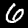
Label: 6